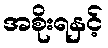
အစိုးရနှင့်